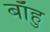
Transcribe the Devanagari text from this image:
बाँहु